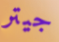
جيتر